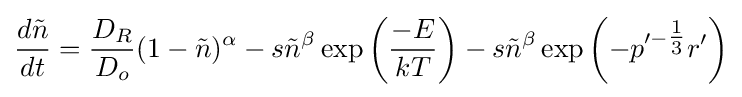
{\frac {d{\tilde {n}}}{dt}}={\frac {D_{R}}{D_{o}}}(1-{\tilde {n}})^{\alpha }-s{\tilde {n}}^{\beta }\exp \left({\frac {-E}{kT}}\right)-s{\tilde {n}}^{\beta }\exp \left(-p'^{-{\tfrac {1}{3}}}r'\right)